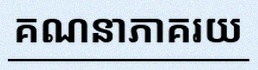
គណនាភាគរយ